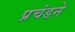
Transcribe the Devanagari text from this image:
प्रचंडने